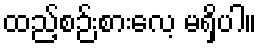
ထည့်စဉ်းစားလေ့ မရှိပါ။